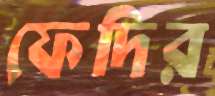
ফেদির